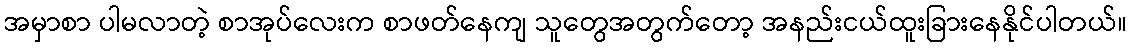
အမှာစာ ပါမလာတဲ့ စာအုပ်လေးက စာဖတ်နေကျ သူတွေအတွက်တော့ အနည်းငယ်ထူးခြားနေနိုင်ပါတယ်။